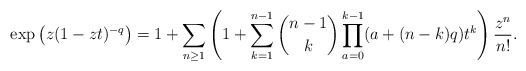
\begin{gather*}\exp\big(z (1-zt)^{-q}\big)=1+\sum_{n \ge 1} \left( 1+\sum_{k=1}^{n-1} {n-1 \choose k} \prod_{a=0}^{k-1}(a+(n-k) q) t^{k} \right) {z^n \over n!}.\end{gather*}